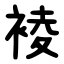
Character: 裬